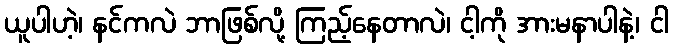
ယူပါဟဲ့၊ နင်ကလဲ ဘာဖြစ်လို့ ကြည့်နေတာလဲ၊ ငါ့ကို အားမနာပါနဲ့၊ ငါ